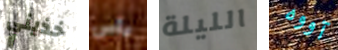
خذيني يأس الليلة آووه